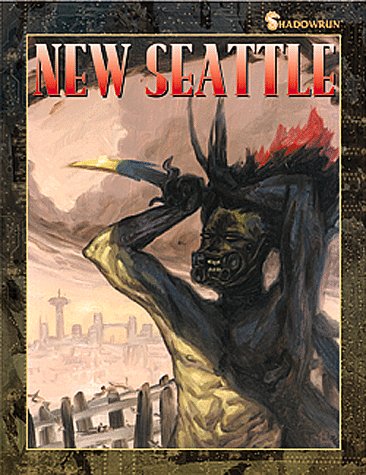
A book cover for New Seattle (Shadowrun); Stephen Kenson; Science Fiction & Fantasy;